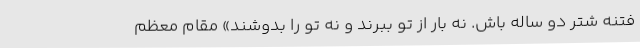
فتنه شتر دو ساله باش. نه بار از تو ببرند و نه تو را بدوشند» مقام معظم